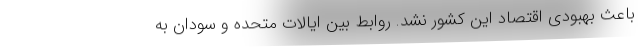
باعث بهبودی اقتصاد این کشور نشد. روابط بین ایالات متحده و سودان به